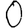
Digit: 0